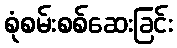
စုံစမ်းစစ်ဆေးခြင်း